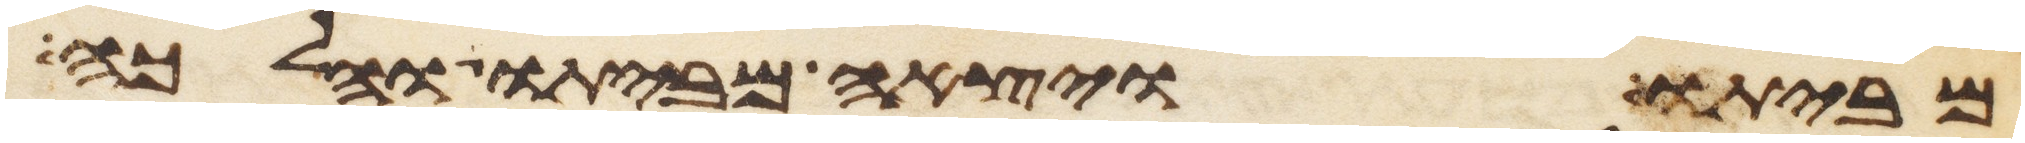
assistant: מביתו ויצאה מביתו והלכה